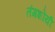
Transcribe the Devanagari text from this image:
तंगशोयी